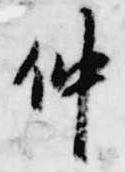
仲